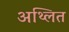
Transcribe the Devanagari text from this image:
अथ्लित